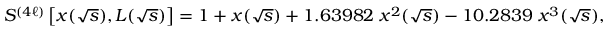
S ^ { ( 4 \ell ) } \left[ x ( \sqrt { s } ) , L ( \sqrt { s } ) \right] = 1 + x ( \sqrt { s } ) + 1 . 6 3 9 8 2 \; x ^ { 2 } ( \sqrt { s } ) - 1 0 . 2 8 3 9 \; x ^ { 3 } ( \sqrt { s } ) ,